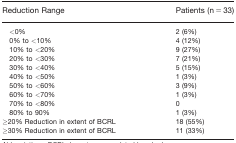
<table><thead><tr><td><b>Reduction Range</b></td><td><b>Patients (n = 33)</b></td></tr></thead><tbody><tr><td> &lt;0%</td><td>2 (6%)</td></tr><tr><td> 0% to &lt;10%</td><td>4 (12%)</td></tr><tr><td> 10% to &lt;20%</td><td>9 (27%)</td></tr><tr><td> 20% to &lt;30%</td><td>7 (21%)</td></tr><tr><td> 30% to &lt;40%</td><td>5 (15%)</td></tr><tr><td> 40% to &lt;50%</td><td>1 (3%)</td></tr><tr><td> 50% to &lt;60%</td><td>3 (9%)</td></tr><tr><td> 60% to &lt;70%</td><td>1 (3%)</td></tr><tr><td> 70% to &lt;80%</td><td>0</td></tr><tr><td> 80% to 90%</td><td>1 (3%)</td></tr><tr><td>≥20% Reduction in extent of BCRL</td><td>18 (55%)</td></tr><tr><td>≥30% Reduction in extent of BCRL</td><td>11 (33%)</td></tr></tbody></table>